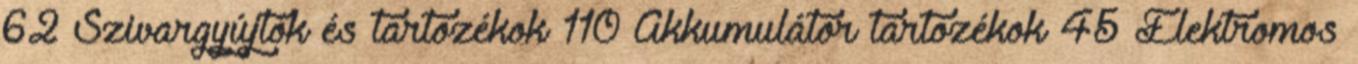
62 Szivargyújtók és tartozékok 110 Akkumulátor tartozékok 45 Elektromos